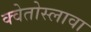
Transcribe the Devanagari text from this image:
क्वेतोस्लावा